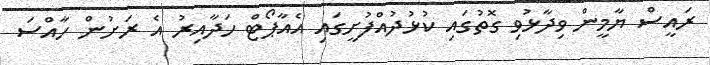
ރައީސް ޔާމީން ވިދާޅުވި ގޮތުގައި ކުޅުދުއްފުށީގައި އެއާޕޯޓް ހަދާއިރު އެ ރަށުން ހާއްސަ